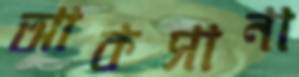
আকসানা